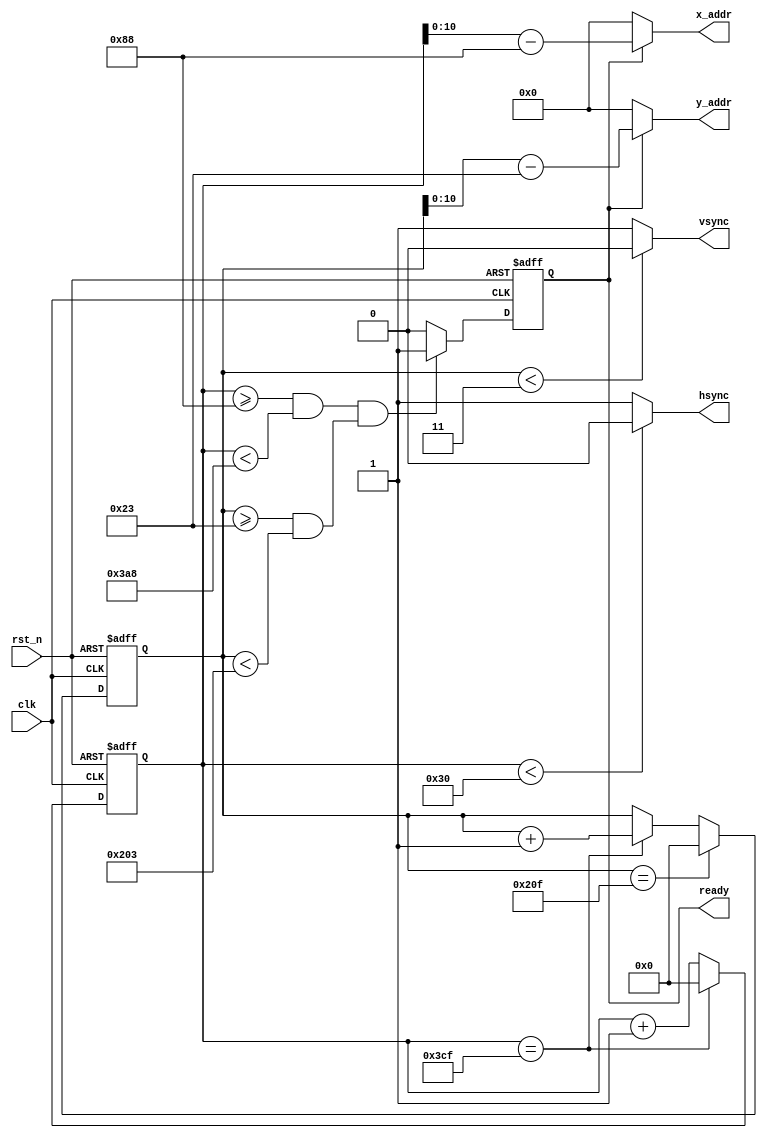
module vga_sync
    (
        output        hsync,
        output        vsync,
        output        ready,
        output [10:0] x_addr,
        output [10:0] y_addr,
        input         clk,
        input         rst_n
    );
// 
parameter  H_SYNC_TIME   =48;
parameter  H_BACK_PROCH  =88;
parameter  H_ADDR_TIME    =800;
parameter  H_FRONT_PROCH =40;
parameter  H_TIME_TOTAL=H_FRONT_PROCH+H_SYNC_TIME+H_BACK_PROCH+H_ADDR_TIME;
parameter  H_ADDR_START_PIX  =H_BACK_PROCH+H_SYNC_TIME;
parameter  H_ADDR_END_PIX    =H_BACK_PROCH+H_SYNC_TIME+H_ADDR_TIME;
// 
parameter  V_SYNC_TIME   =3;
parameter  V_BACK_PROCH  =32;
parameter  V_ADDR_TIME    =480;
parameter  V_FRONT_PROCH  =13;
parameter  V_TIME_TOTAL=V_FRONT_PROCH+V_SYNC_TIME+V_BACK_PROCH+V_ADDR_TIME;
parameter  V_ADDR_START_PIX  =V_BACK_PROCH+V_SYNC_TIME;
parameter  V_ADDR_END_PIX    =V_BACK_PROCH+V_SYNC_TIME+V_ADDR_TIME;

//
reg [12:0] cnt_hreg;
always @(posedge clk, negedge rst_n) begin
    if(!rst_n)
        cnt_hreg <= 'd0;
    else if(cnt_hreg == H_TIME_TOTAL-1)  //H_TIME_TOTAL PERIOD CNT
        cnt_hreg <= 'd0;
    else
        cnt_hreg <= cnt_hreg + 'b1;
end
//
reg [12:0] cnt_vreg;
always @(posedge clk, negedge rst_n) begin
    if(!rst_n)
        cnt_vreg <= 'd0;
    else if(cnt_vreg == V_TIME_TOTAL-1)  //V_TIME_TOTAL PERIOD CNT
        cnt_vreg <= 'd0;
    else if(cnt_hreg == H_TIME_TOTAL-1)
        cnt_vreg <= cnt_vreg + 'b1;
end
//ready_reg
reg ready_reg;
always @(posedge clk, negedge rst_n) begin
    if(!rst_n)
        ready_reg <= 'b0;
    else if( (cnt_hreg >= H_ADDR_START_PIX && cnt_hreg < H_ADDR_END_PIX)  //H PIX VALID
        && (cnt_vreg >= V_ADDR_START_PIX && cnt_vreg <V_ADDR_END_PIX) )   //V PIX VALID
        ready_reg <= 'b1;
    else
        ready_reg <= 'b0;
end

//assign critical signal 
assign hsync = (cnt_hreg < H_SYNC_TIME) ? 'b0 : 'b1;//H_SYNC_TIME0
assign vsync = (cnt_vreg < V_SYNC_TIME)   ? 'b0 : 'b1;//V_SYNC_TIME0
assign ready = ready_reg;
assign x_addr = ready_reg ? cnt_hreg - H_ADDR_START_PIX : 'd0;//addr
assign y_addr = ready_reg ? cnt_vreg - V_ADDR_START_PIX  : 'd0;

endmodule